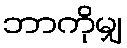
ဘာကိုမျှ